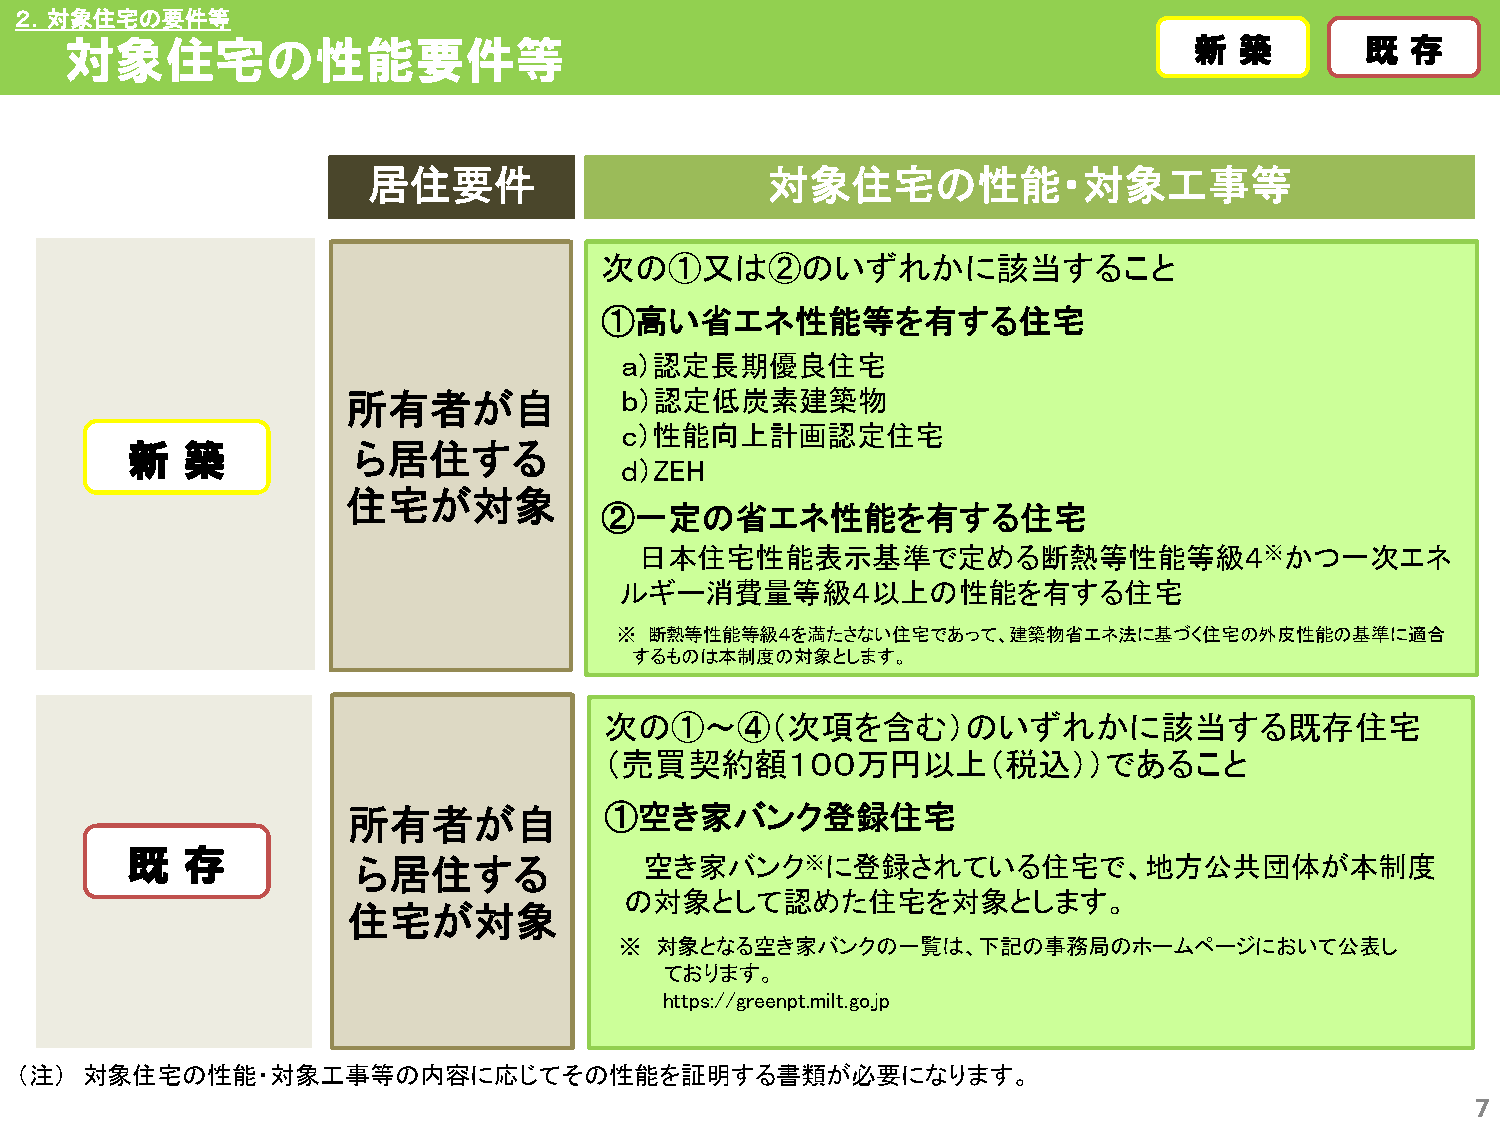
２．対象住宅の要件等
 対象住宅の性能要件等                                                                 新新 築築      既既 存存
 居住要件                       対象住宅の性能・対象工事等
 次の①又は②のいずれかに該当すること
 ①高い省エネ性能等を有する住宅
 ａ）認定長期優良住宅
 所有者が自             ｂ）認定低炭素建築物
 ｃ）性能向上計画認定住宅
 新新  築築         ら居住する
 ｄ）ZEH
 住宅が対象
 ②一定の省エネ性能を有する住宅
 日本住宅性能表示基準で定める断熱等性能等級４※かつ一次エネ
 ルギー消費量等級４以上の性能を有する住宅
 ※ 断熱等性能等級４を満たさない住宅であって、建築物省エネ法に基づく住宅の外皮性能の基準に適合
 するものは本制度の対象とします。
 次の①～④（次項を含む）のいずれかに該当する既存住宅
 （売買契約額１００万円以上（税込））であること
 所有者が自            ①空き家バンク登録住宅
 既既  存存
 ら居住する              空き家バンク※に登録されている住宅で、地方公共団体が本制度
 の対象として認めた住宅を対象とします。
 住宅が対象
 ※ 対象となる空き家バンクの一覧は、下記の事務局のホームページにおいて公表し
 ております。
 https://greenpt.milt.go.jp
 （注） 対象住宅の性能・対象工事等の内容に応じてその性能を証明する書類が必要になります。
 7